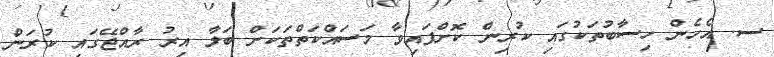
ސ. އެހެން ހިސާބުތަކުގައި ކުރިން ކޮށްފައިވާ މަސައްކަތްތަކަށް ބަލާ އިރު ރާއްޖޭގައި ކުރަން